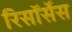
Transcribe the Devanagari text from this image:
रिसॉर्सेस